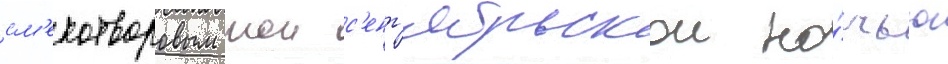
см'ехотворовым тои с'ент'ябрьскои но́чью